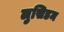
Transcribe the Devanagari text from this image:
लुसिडम